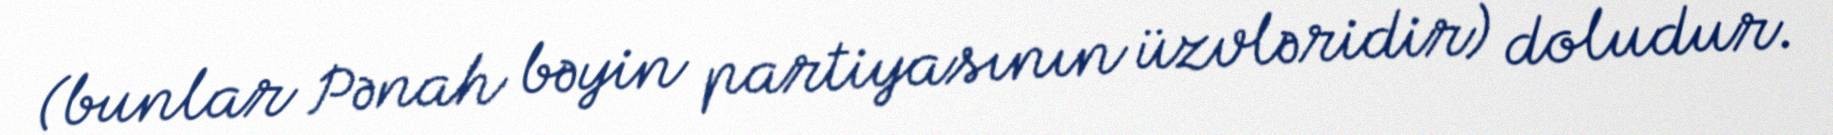
(bunlar Pənah bəyin partiyasının üzvləridir) doludur.